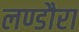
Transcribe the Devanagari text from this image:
लण्डौरा